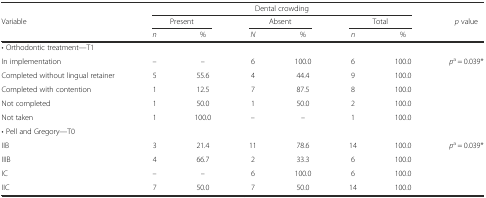
<table><thead><tr><td></td><td colspan="6"><b>Dental crowding</b></td><td></td></tr><tr><td><b>Variable</b></td><td colspan="2"><b>Present</b></td><td colspan="2"><b>Absent</b></td><td colspan="2"><b>Total</b></td><td><b><i>p</i> value</b></td></tr><tr><td></td><td><b><i>n</i></b></td><td><b>%</b></td><td><b><i>N</i></b></td><td><b>%</b></td><td><b><i>n</i></b></td><td><b>%</b></td><td></td></tr></thead><tbody><tr><td colspan="8">• Orthodontic treatment—T1</td></tr><tr><td>In implementation</td><td>–</td><td>–</td><td>6</td><td>100.0</td><td>6</td><td>100.0</td><td><i>p</i><sup>a</sup> = 0.039*</td></tr><tr><td>Completed without lingual retainer</td><td>5</td><td>55.6</td><td>4</td><td>44.4</td><td>9</td><td>100.0</td><td></td></tr><tr><td>Completed with contention</td><td>1</td><td>12.5</td><td>7</td><td>87.5</td><td>8</td><td>100.0</td><td></td></tr><tr><td>Not completed</td><td>1</td><td>50.0</td><td>1</td><td>50.0</td><td>2</td><td>100.0</td><td></td></tr><tr><td>Not taken</td><td>1</td><td>100.0</td><td>–</td><td>–</td><td>1</td><td>100.0</td><td></td></tr><tr><td colspan="8">• Pell and Gregory—T0</td></tr><tr><td>IIB</td><td>3</td><td>21.4</td><td>11</td><td>78.6</td><td>14</td><td>100.0</td><td><i>p</i><sup>a</sup> = 0.039*</td></tr><tr><td>IIIB</td><td>4</td><td>66.7</td><td>2</td><td>33.3</td><td>6</td><td>100.0</td><td></td></tr><tr><td>IC</td><td>–</td><td>–</td><td>6</td><td>100.0</td><td>6</td><td>100.0</td><td></td></tr><tr><td>IIC</td><td>7</td><td>50.0</td><td>7</td><td>50.0</td><td>14</td><td>100.0</td><td></td></tr></tbody></table>